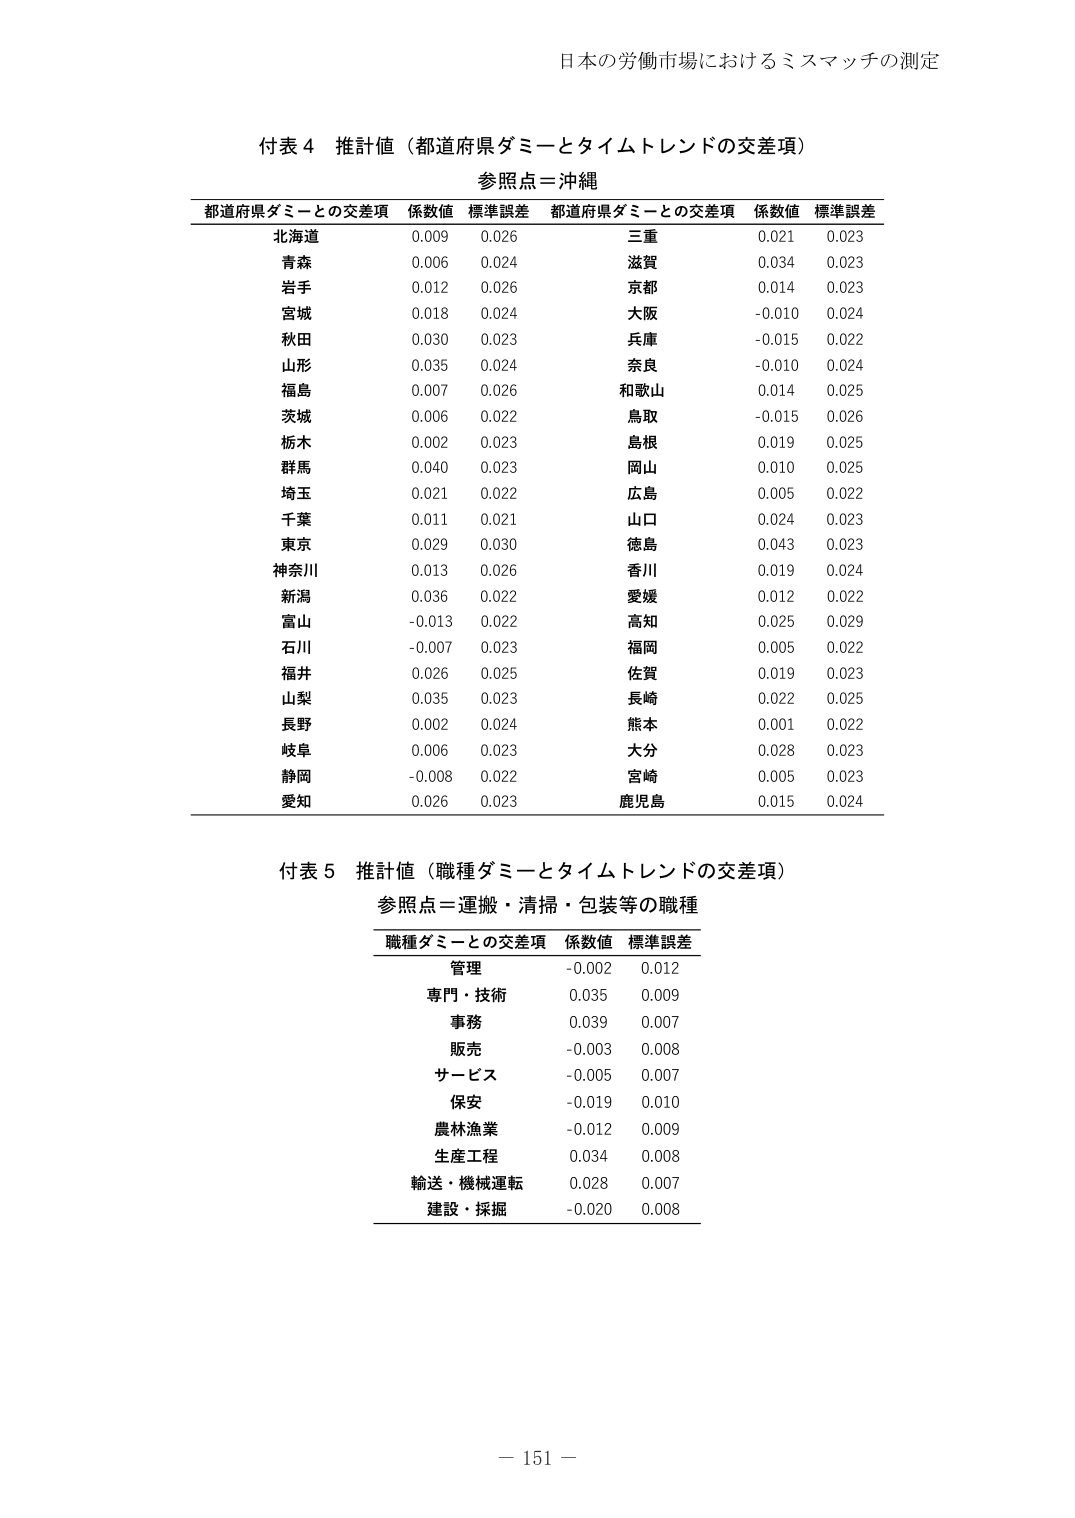
日本の労働市場におけるミスマッチの測定

付表４ 推計値（都道府県ダミーとタイムトレンドの交差項）
参照点＝沖縄

都道府県ダミーとの交差項　係数値　標準誤差　都道府県ダミーとの交差項　係数値　標準誤差
北海道　0.009　0.026　三重　0.021　0.023
青森　0.006　0.024　滋賀　0.034　0.023
岩手　0.012　0.026　京都　0.014　0.023
宮城　0.018　0.024　大阪　-0.010　0.024
秋田　0.030　0.023　兵庫　-0.015　0.022
山形　0.035　0.024　奈良　-0.010　0.024
福島　0.007　0.026　和歌山　0.014　0.025
茨城　0.006　0.022　鳥取　-0.015　0.026
栃木　0.002　0.023　島根　0.019　0.025
群馬　0.040　0.023　岡山　0.010　0.025
埼玉　0.021　0.022　広島　0.005　0.022
千葉　0.011　0.021　山口　0.024　0.023
東京　0.029　0.030　徳島　0.043　0.023
神奈川　0.013　0.026　香川　0.019　0.024
新潟　0.036　0.022　愛媛　0.012　0.022
富山　-0.013　0.022　高知　0.025　0.029
石川　-0.007　0.023　福岡　0.005　0.022
福井　0.026　0.025　佐賀　0.019　0.023
山梨　0.035　0.023　長崎　0.022　0.025
長野　0.002　0.024　熊本　0.001　0.022
岐阜　0.006　0.023　大分　0.028　0.023
静岡　-0.008　0.022　宮崎　0.005　0.023
愛知　0.026　0.023　鹿児島　0.015　0.024

付表５ 推計値（職種ダミーとタイムトレンドの交差項）
参照点＝運搬・清掃・包装等の職種

職種ダミーとの交差項　係数値　標準誤差
管理　-0.002　0.012
専門・技術　0.035　0.009
事務　0.039　0.007
販売　-0.003　0.008
サービス　-0.005　0.007
保安　-0.019　0.010
農林漁業　-0.012　0.009
生産工程　0.034　0.008
輸送・機械運転　0.028　0.007
建設・採掘　-0.020　0.008

－ 151 －